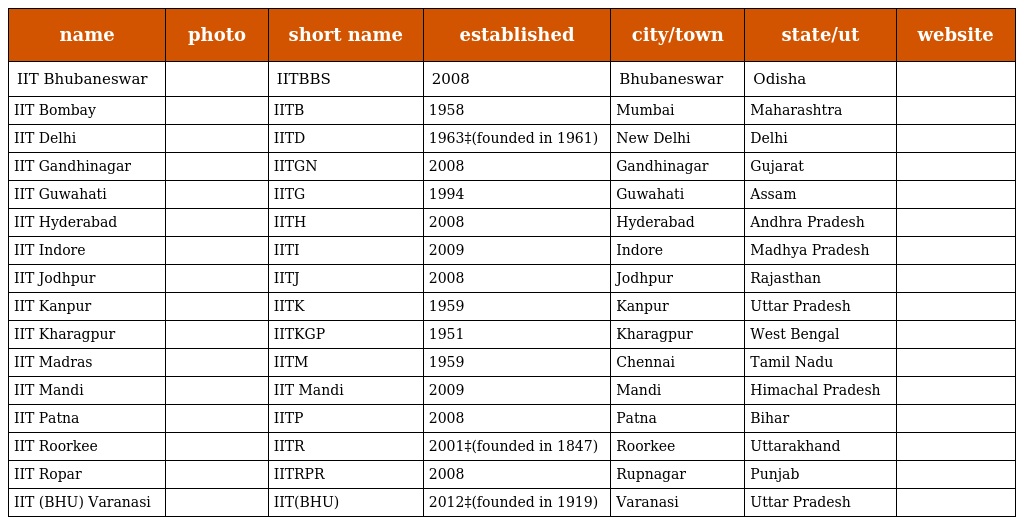
| name | photo | short name | established | city/town | state/ut | website |
 | --- | --- | --- | --- | --- | --- | --- |
 | IIT Bhubaneswar |  | IITBBS | 2008 | Bhubaneswar | Odisha |  |
 | IIT Bombay |  | IITB | 1958 | Mumbai | Maharashtra |  |
 | IIT Delhi |  | IITD | 1963‡(founded in 1961) | New Delhi | Delhi |  |
 | IIT Gandhinagar |  | IITGN | 2008 | Gandhinagar | Gujarat |  |
 | IIT Guwahati |  | IITG | 1994 | Guwahati | Assam |  |
 | IIT Hyderabad |  | IITH | 2008 | Hyderabad | Andhra Pradesh |  |
 | IIT Indore |  | IITI | 2009 | Indore | Madhya Pradesh |  |
 | IIT Jodhpur |  | IITJ | 2008 | Jodhpur | Rajasthan |  |
 | IIT Kanpur |  | IITK | 1959 | Kanpur | Uttar Pradesh |  |
 | IIT Kharagpur |  | IITKGP | 1951 | Kharagpur | West Bengal |  |
 | IIT Madras |  | IITM | 1959 | Chennai | Tamil Nadu |  |
 | IIT Mandi |  | IIT Mandi | 2009 | Mandi | Himachal Pradesh |  |
 | IIT Patna |  | IITP | 2008 | Patna | Bihar |  |
 | IIT Roorkee |  | IITR | 2001‡(founded in 1847) | Roorkee | Uttarakhand |  |
 | IIT Ropar |  | IITRPR | 2008 | Rupnagar | Punjab |  |
 | IIT (BHU) Varanasi |  | IIT(BHU) | 2012‡(founded in 1919) | Varanasi | Uttar Pradesh |  |